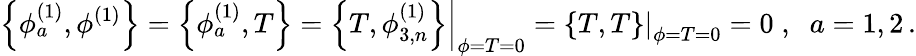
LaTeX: \left\{ \phi_{a}^{(1)},\phi^{(1)}\right\} =\left\{ \phi_{a}^{(1)},T\right\} =\left.\left\{ T,\phi_{3,n}^{(1)}\right\} \right|_{\phi=T=0}=\left.\left\{ T,T\right\} \right|_{\phi=T=0}=0\; ,\; \; a=1,2\, .